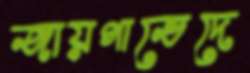
জায়গাভেদে